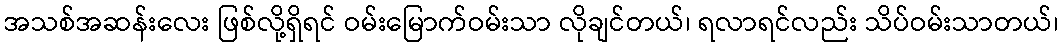
အသစ်အဆန်းလေး ဖြစ်လို့ရှိရင် ဝမ်းမြောက်ဝမ်းသာ လိုချင်တယ်၊ ရလာရင်လည်း သိပ်ဝမ်းသာတယ်၊